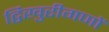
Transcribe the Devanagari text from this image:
द्विखुरीगणों